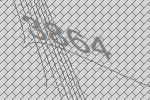
3864